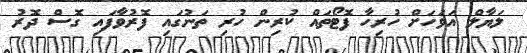
ލަޔާލް އަވަހަށް ހުރިހާ ފޮޓޯތައް ކުރިން ހުރި ތަނުގައި ފޮރުވާފައި ގޮސް ދޮރު